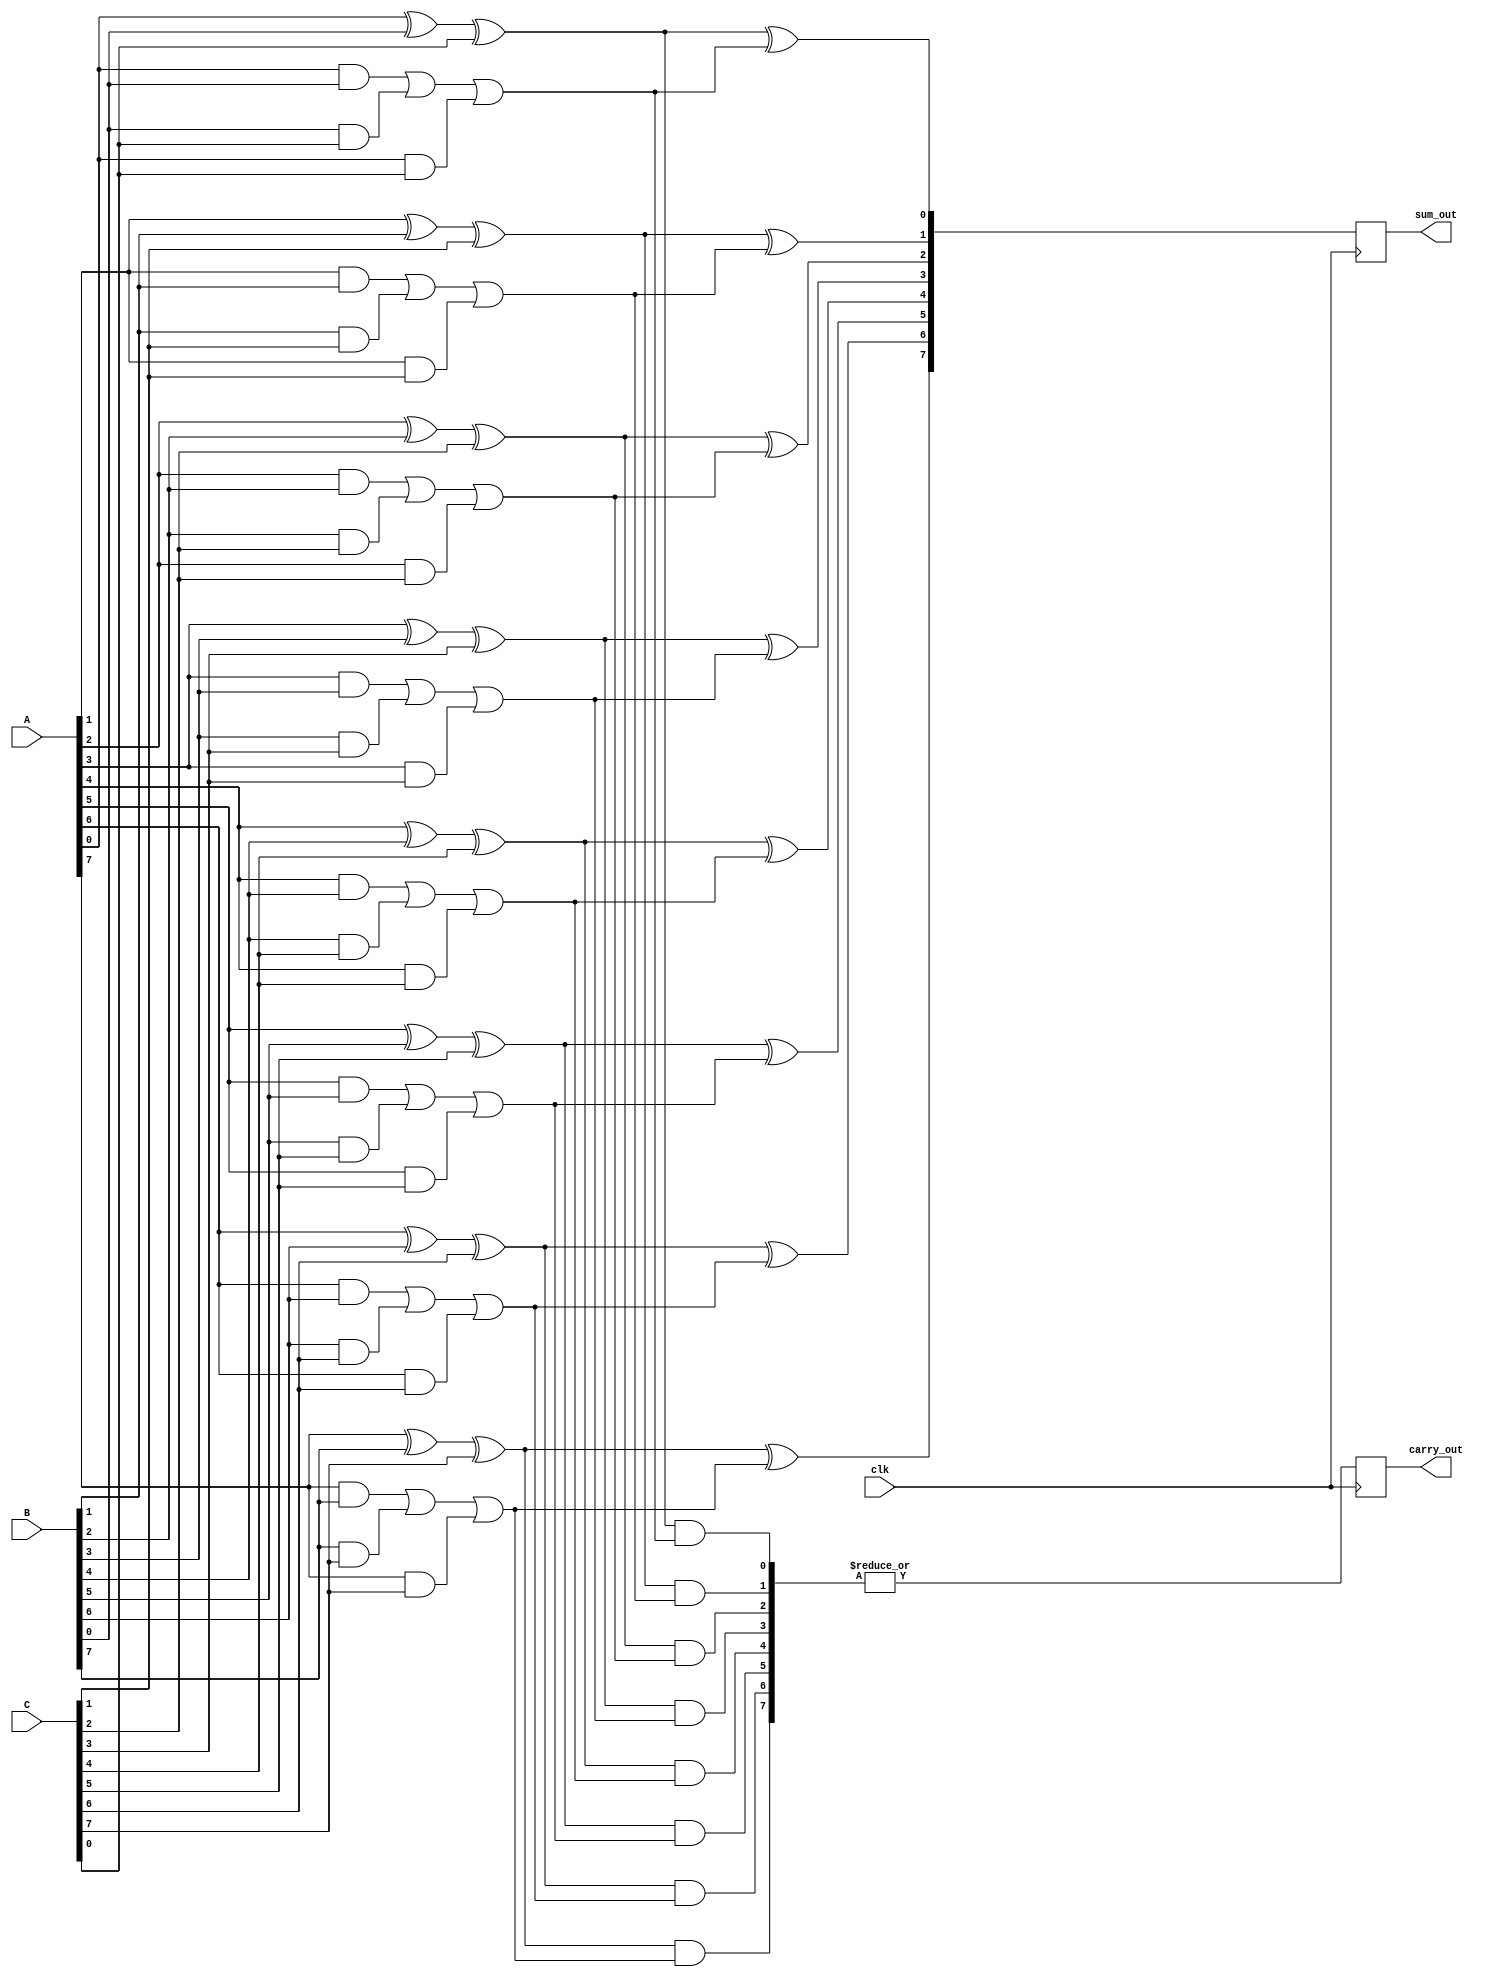
module CarrySaveAdder (
    input [N-1:0] A,  // First input number
    input [N-1:0] B,  // Second input number
    input [N-1:0] C,  // Third input number
    input clk,        // Clock signal for synchronous operations
    output reg [N-1:0] sum_out,  // Final sum output
    output reg carry_out          // Final carry output
);
    parameter N = 8;  // Define the bit-width of the inputs

    // Internal wires for partial sums and carries
    wire [N-1:0] sum1, sum2;
    wire [N-1:0] carry1, carry2;

    // Generate partial sums and carries using full adders
    genvar i;
    generate
        for (i = 0; i < N; i = i + 1) begin : CSA
            // Full adder for first two inputs
            assign sum1[i] = A[i] ^ B[i] ^ C[i];  // Partial sum
            assign carry1[i] = (A[i] & B[i]) | (B[i] & C[i]) | (A[i] & C[i]);  // Carry
        end
    endgenerate

    // Second stage to accumulate carries and sums
    generate
        for (i = 0; i < N; i = i + 1) begin : Accumulate
            // Full adder for carry accumulation
            assign sum2[i] = sum1[i] ^ carry1[i];  // Final sum
            assign carry2[i] = sum1[i] & carry1[i]; // Final carry
        end
    endgenerate

    // Final stage to combine the results
    always @(posedge clk) begin
        sum_out <= sum2;  // Assign final sum output
        carry_out <= |carry2;  // Assign final carry output (any carry bit set)
    end

endmodule